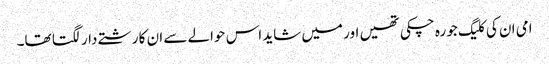
امی ان کی کلیگ جو رہ چکی تھیں اور میں شاید اس حوالے سے ان کا رشتے دار لگتا تھا۔